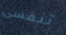
تنفسى